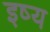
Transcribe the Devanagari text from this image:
इष्य